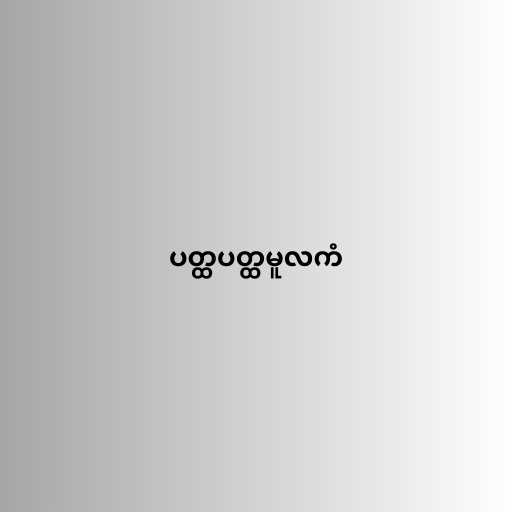
ပတ္ထပတ္ထမူလကံ